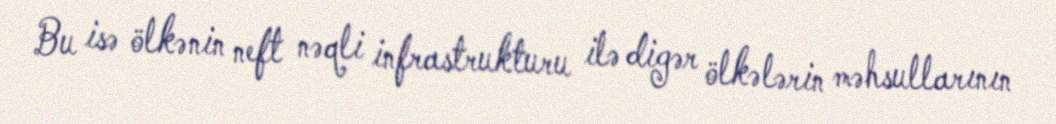
Bu isə ölkənin neft nəqli infrastrukturu ilə digər ölkələrin məhsullarının